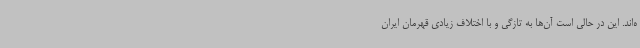
ه‌اند. این در حالی است آن‌ها به تازگی و با اختلاف زیادی قهرمان ایران